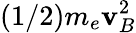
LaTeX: (1/2)m_{e}\mathbf{v}_{B}^{2}